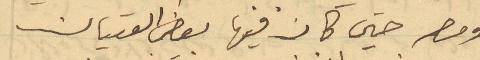
ومصر حين كان فيها بعض الفتيان